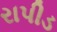
રાપીડ